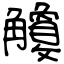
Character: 觼